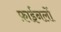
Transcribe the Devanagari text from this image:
फ़ाईनलों